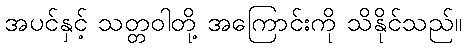
အပင်နှင့် သတ္တဝါတို့ အကြောင်းကို သိနိုင်သည်။